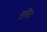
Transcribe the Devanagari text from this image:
टेनिसा